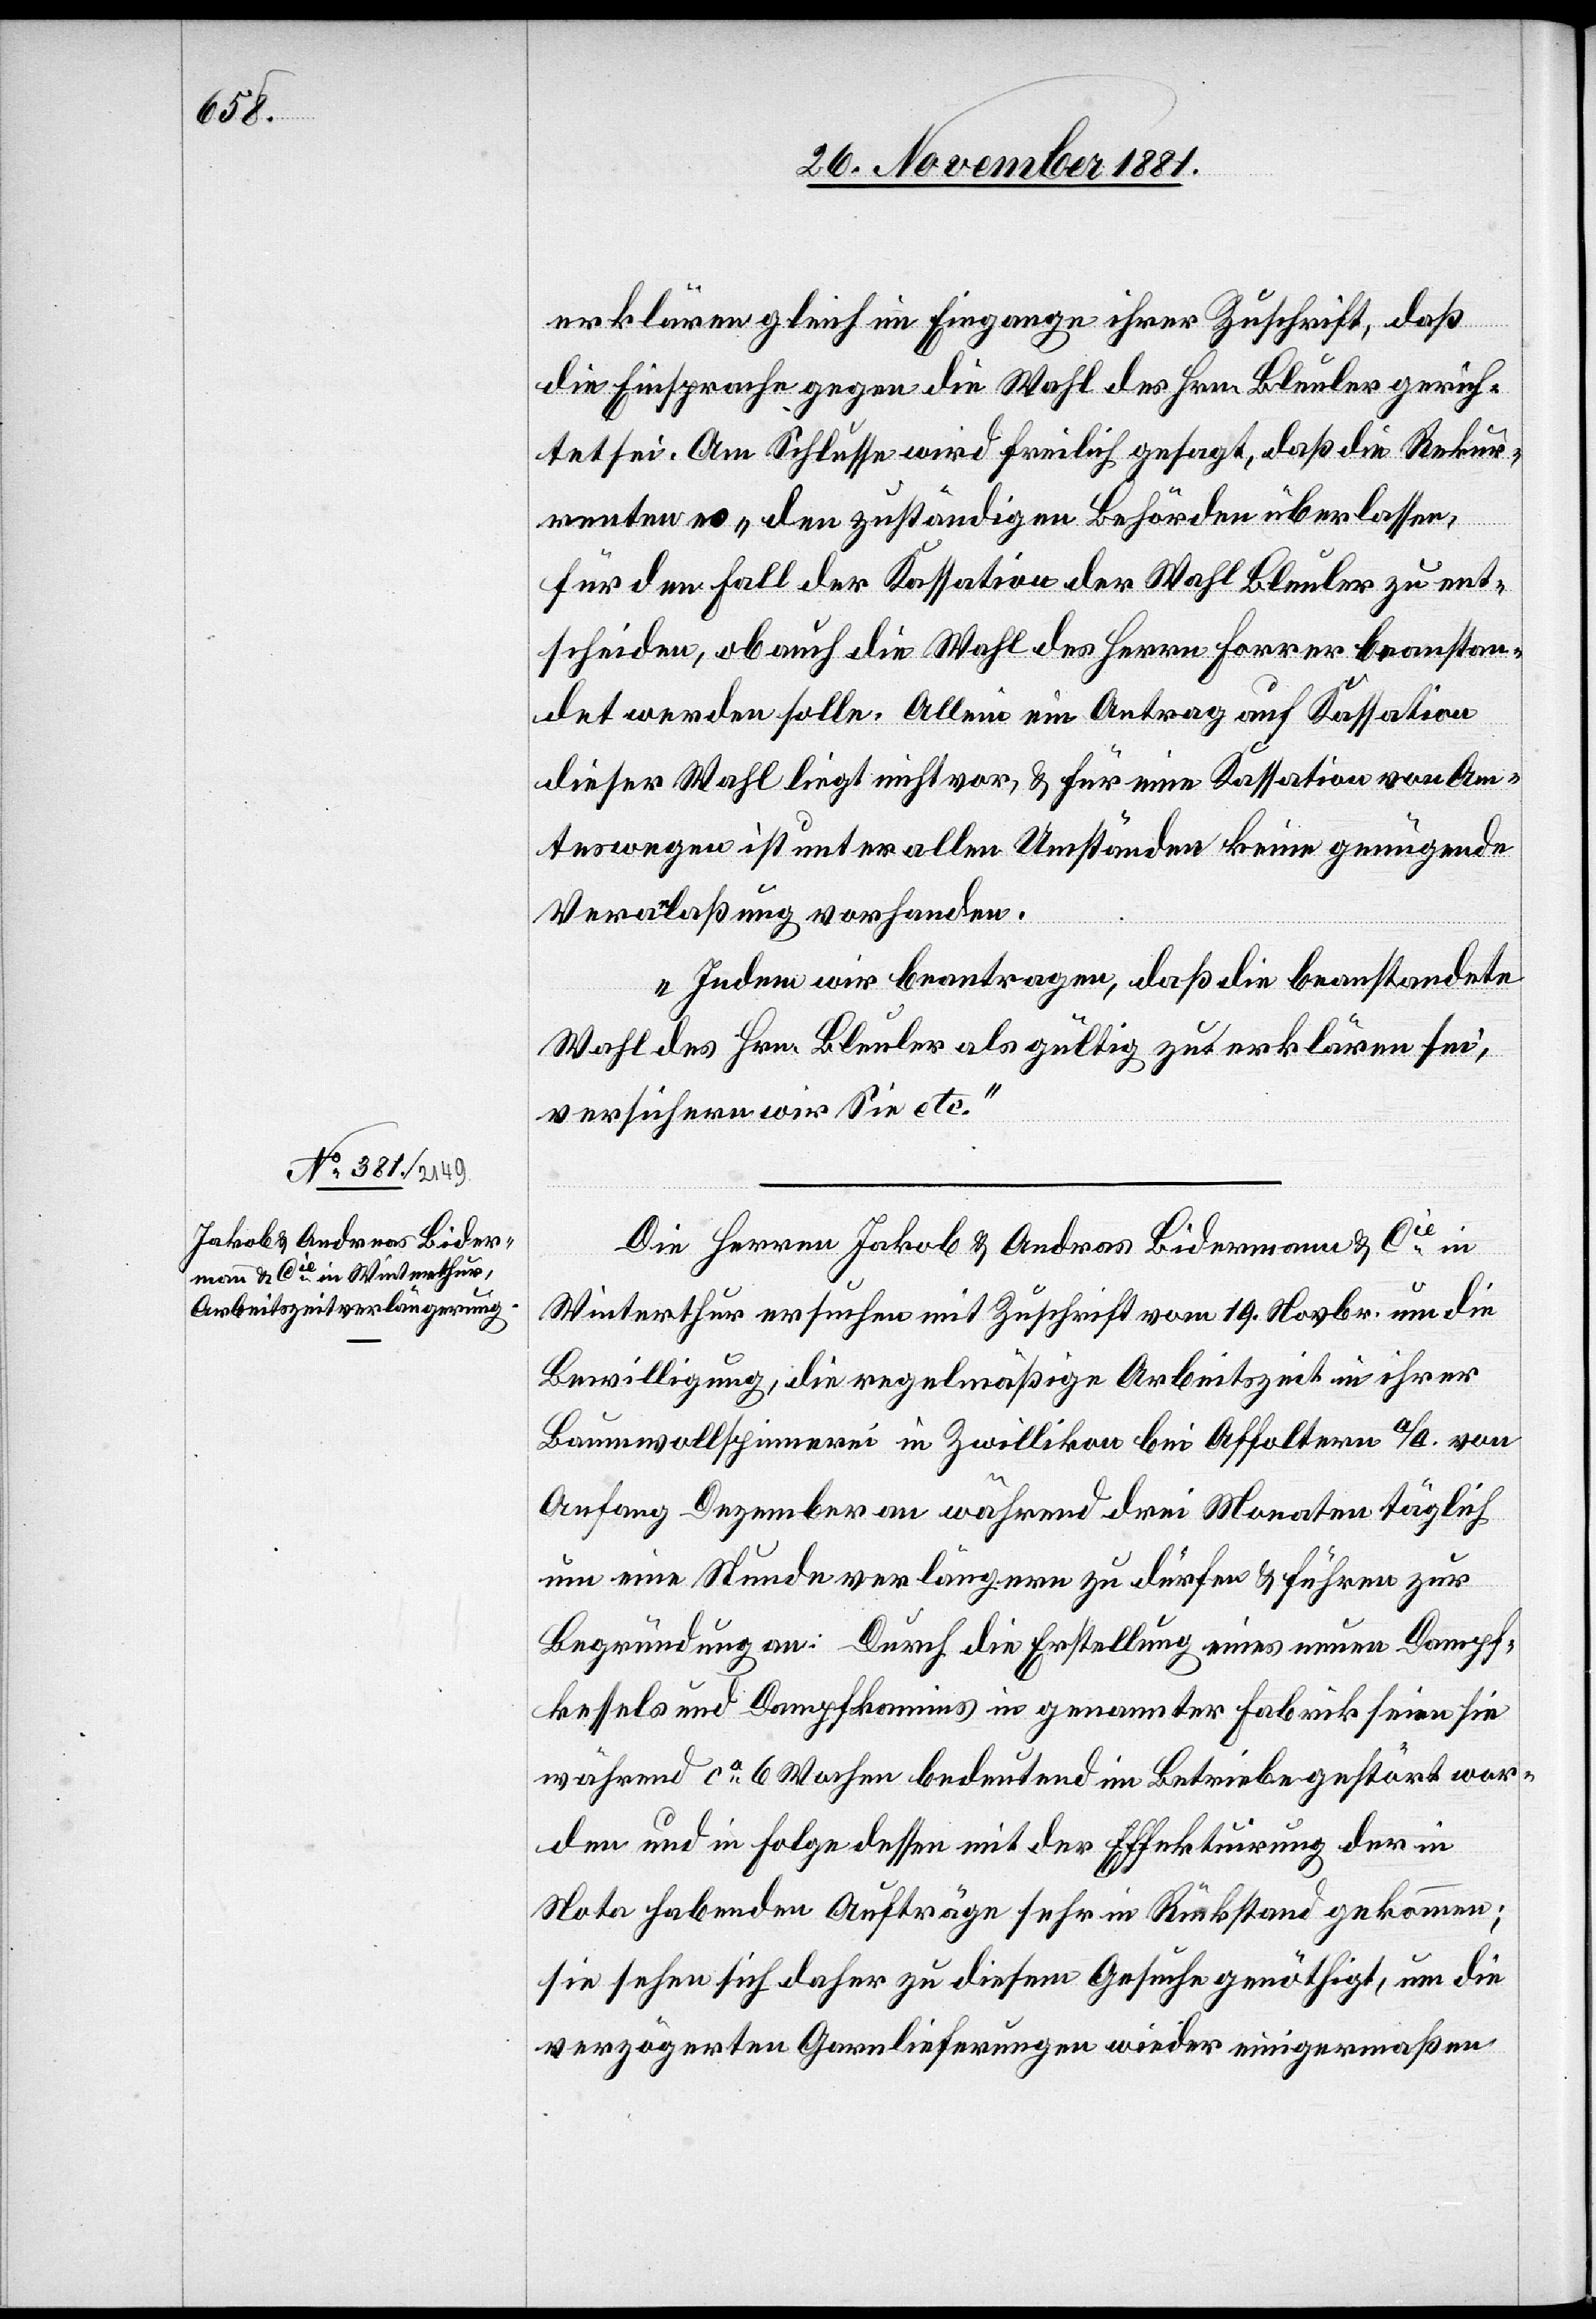
2. December 1881.]
Die Herren Jakob & Andreas Lidermann & Cie in
Winterthur ersuchen mit Zuschrift vom 19. Novbr. um die
Bewilligung, die regelmäßige Arbeitszeit in ihrer
Baumwollspinnerei in Zwillikon bei Affoltern a/A. von
Anfang Dezember an während drei Monaten täglich
um eine Stunde verlängern zu dürfen & führen zur
Begründung an: Durch die Erstellung eines neuen Dampf¬
kessels und Dampfkamins in genannter Fabrik seien sie
während ca 6 Wochen bedeutend im Betriebe gestört wor¬
den und in Folge dessen mit der Effektuirung der in
Nota habenden Aufträge sehr in Rückstand gekommen;
sie sehen sich daher zu diesem Gesuche genöthigt, um die
verzögerten Garnlieferungen wieder einigermaßen